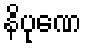
နိပုဏေ